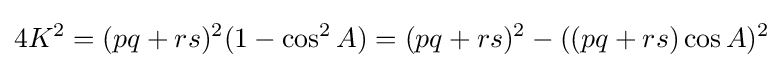
4K^{2}=(pq+rs)^{2}(1-\cos ^{2}A)=(pq+rs)^{2}-((pq+rs)\cos A)^{2}